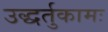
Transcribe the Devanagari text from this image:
उद्धर्तुकामः